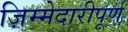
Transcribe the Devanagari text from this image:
ज़िम्मेदारीपूर्ण